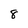
Character: 8